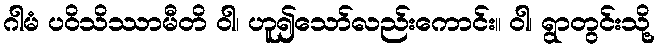
ဂါမံ ပဝိသိဿာမီတိ ဝါ၊ ဟူ၍သော်လည်းကောင်း။ ဝါ၊ ရွာတွင်းသို့